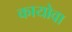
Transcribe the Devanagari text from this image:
कायोवा